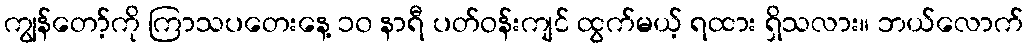
ကျွန်တော့်ကို ကြာသပတေးနေ့ ၁၀ နာရီ ပတ်ဝန်းကျင် ထွက်မယ့် ရထား ရှိသလား။ ဘယ်လောက်